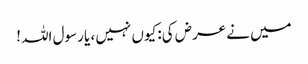
میں نے عرض کی: کیوں نہیں ، یا رسول اللہ !